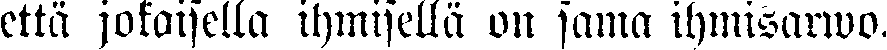
että jokaisella ihmisellä on sama ihmisarwo.